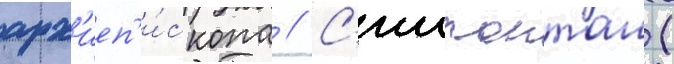
арх'иеп'и́скопа // С'иипанташ (